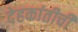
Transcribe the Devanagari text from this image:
देहकांतीची